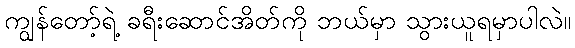
ကျွန်တော့်ရဲ့ ခရီးဆောင်အိတ်ကို ဘယ်မှာ သွားယူရမှာပါလဲ။